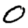
Digit: 0